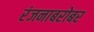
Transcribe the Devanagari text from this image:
रंजनाबरोबर